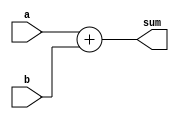
`timescale 1ns/1ps
module adder6(a,b,sum);

input [5:0] a,b;
output [5:0] sum;
wire [5:0] sum;

assign sum = a + b;

endmodule